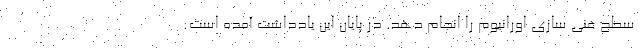
سطح غنی سازی اورانیوم را انجام دهد. در پایان این یادداشت آمده است: